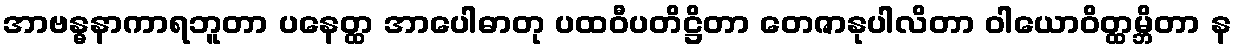
အာဗန္ဓနာကာရဘူတာ ပနေတ္ထ အာပေါဓာတု ပထဝီပတိဋ္ဌိတာ တေဇာနုပါလိတာ ဝါယောဝိတ္ထမ္ဘိတာ န